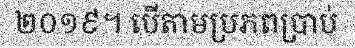
២០១៩។ បើតាមប្រភពប្រាប់